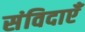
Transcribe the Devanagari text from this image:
संविदाएँ